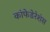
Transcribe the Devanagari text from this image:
कांफेडेरेशंस